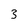
Character: 3